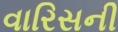
વારિસની